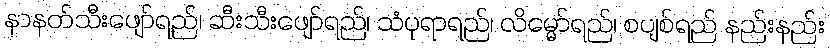
နာနတ်သီးဖျော်ရည်၊ ဆီးသီးဖျော်ရည်၊ သံပုရာရည်၊ လိမ္မော်ရည်၊ စပျစ်ရည် နည်းနည်း